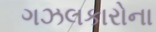
ગઝલકારોના